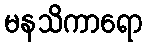
မနသိကာရော